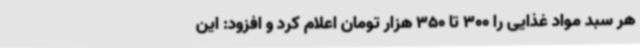
هر سبد مواد غذایی را 300 تا 350 هزار تومان اعلام کرد و افزود: این